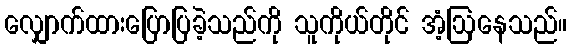
လျှောက်ထားပြောပြခဲ့သည်ကို သူကိုယ်တိုင် အံ့ဩနေသည်။